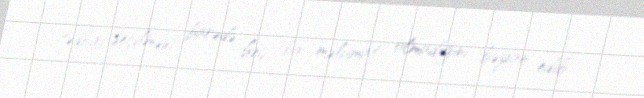
tədbiri seçilməsi barədə heç bir məlumat olmadığını bəyan edib.